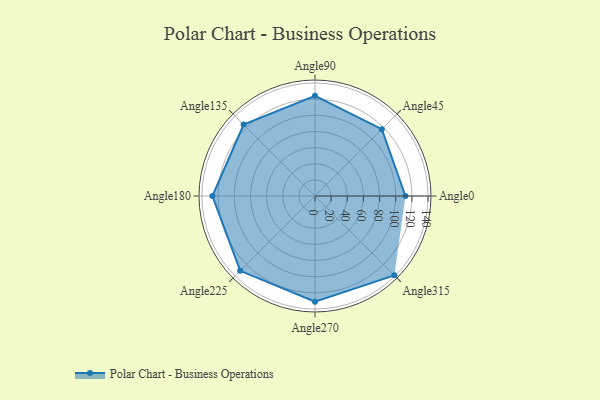
{"axis": {"x": "Angle", "y": "Radius"}, "legend": [""], "data": [{"x": "Angle0", "y": 112.0, "type": ""}, {"x": "Angle45", "y": 117.0, "type": ""}, {"x": "Angle90", "y": 124.0, "type": ""}, {"x": "Angle135", "y": 125.0, "type": ""}, {"x": "Angle180", "y": 127.0, "type": ""}, {"x": "Angle225", "y": 131.0, "type": ""}, {"x": "Angle270", "y": 131.0, "type": ""}, {"x": "Angle315", "y": 139.0, "type": ""}]}